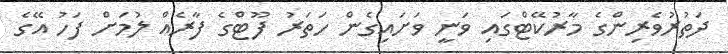
ދަތުރުވެރިންގެ މާރުކޭޓްގައި ވަނީ ވަށައިގެން ހަތަރު ފޫޓްގެ ފާރެއް ލުމަށް ފަހު އޭގެ